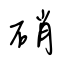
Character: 硝